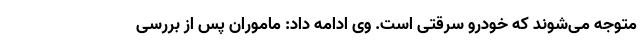
متوجه می‌شوند که خودرو سرقتی است. وی ادامه داد: ماموران پس از بررسی